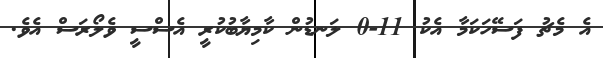
އެ މެޗު ފަސޭހަކަމާ އެކު 11-0 ލަނޑުން ކާމިޔާބުކުރީ އެސްސީ ވެލޯރަސް އެވެ.